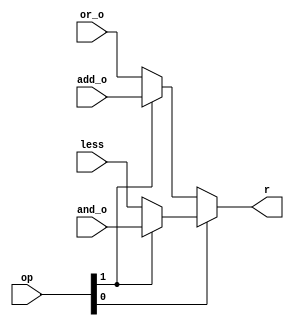
`timescale 1ns / 1ps
//////////////////////////////////////////////////////////////////////////////////
// Company: 
// Engineer: 
// 
// Design Name: 
// Module Name:    mux4b 
// Project Name: 
// Target Devices: 
// Tool versions: 
// Description: 
//
// Dependencies: 
//
// Revision: 
// Revision 0.01 - File Created
// Additional Comments: 
//
//////////////////////////////////////////////////////////////////////////////////
module mux4b(
    input [1:0] op,
    input and_o,
    input or_o,
    input add_o,
    input less,
    output r
    );
	 
	 assign r = (op[0])? ((op[1])? and_o: less) : ((op[1]) ? add_o: or_o );

endmodule